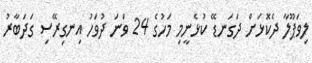
ލިވަޕޫލާ ދެކޮޅަށް ދަގަނޑޭ ކުޅެނީމި މަހުގެ 24 ވަނަ ދުވަހު އިނގިރޭސި ގަދަބާރު